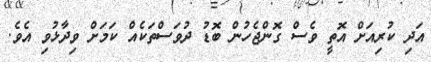
އަދި ކުރިއަށް އޮތީ ވެސް ގޮންޖެހުން ބޮޑު ދުވަސްތަކެއް ކަމަށް ވިދާޅުވި އެވެ.